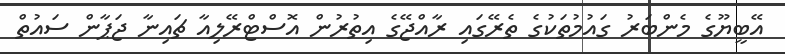
އޭބީޔޫގެ މެންބަރު ގައުމުތަކުގެ ތެރޭގައި ރާއްޖޭގެ އިތުރުން އޮސްޓްރޭލިއާ ޗައިނާ ޖަޕާން ސައުތް